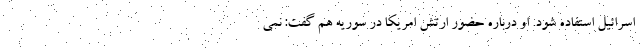
اسرائیل استفاده شود. او درباره حضور ارتش امریکا در سوریه هم گفت: نمی